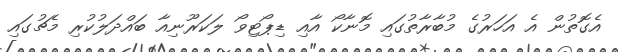
އެގޮތުން އެ އަހަރުގެ މުބާރާތުގައި މޮނާކޯ އާއި ޑިޕޯޓިވޯ ލަކަރޫނިއާ ބައްދަލުކުރި މެޗުގައި